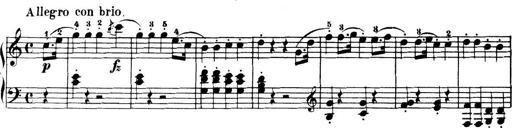
Title: 32 Sonatinas and Rondos for the Piano
Composer: Richard Kleinmichel